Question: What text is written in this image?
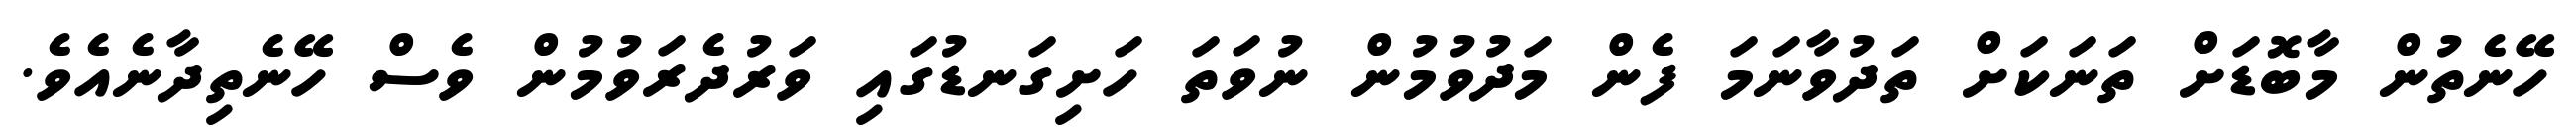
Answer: ހޭނެތުން މާބޮޑަށް ތަނަކަށް ތަދުވާނަމަ ފެން މަދުވުމުން ނުވަތަ ހަށިގަނޑުގައި ވަރުދެރަވުމުން ވެސް ހޭނެތިދާނެއެވެ.